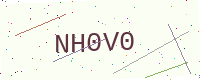
Text: NH0V0